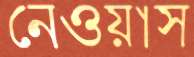
নেওয়াস